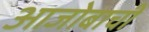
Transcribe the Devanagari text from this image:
आजोबाची